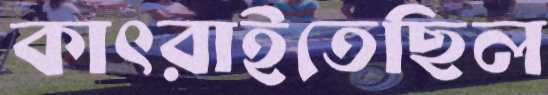
কাৎরাইতেছিল